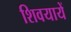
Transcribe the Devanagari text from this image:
शिवयायें